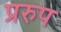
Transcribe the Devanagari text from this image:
प्ररुप